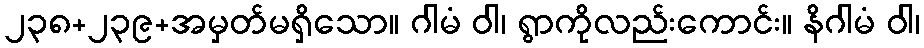
၂၃၈+၂၃၉+အမှတ်မရှိသော။ ဂါမံ ဝါ၊ ရွာကိုလည်းကောင်း။ နိဂါမံ ဝါ၊